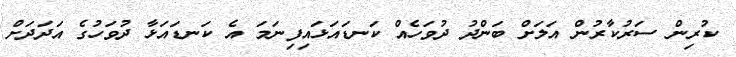
ކުރިން ސަރުކާރުން އަލަށް ބަންދު ދުވަހެއް ކަނޑައަޅައިފިނަމަ އެ ކަނޑައަޅާ ދުވަހުގެ އަދަދަށް